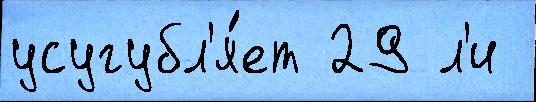
усугубл'я́ет 29 л'и